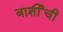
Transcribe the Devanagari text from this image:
बार्शीची